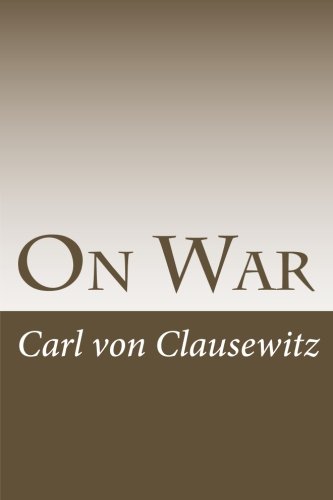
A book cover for On War; Carl von Clausewitz; History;